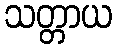
သတ္တာယ